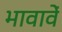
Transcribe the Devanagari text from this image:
भावावें